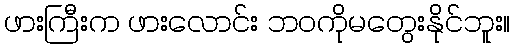
ဖားကြီးက ဖားလောင်း ဘဝကိုမတွေးနိုင်ဘူး။